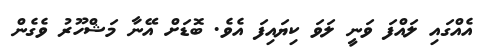
އެއްގައި ލައްފަ ވަނީ ލަވަ ކިޔައިފަ އެވެ. ބޮޑަށް އޭނާ މަޝްހޫރު ވެގެން